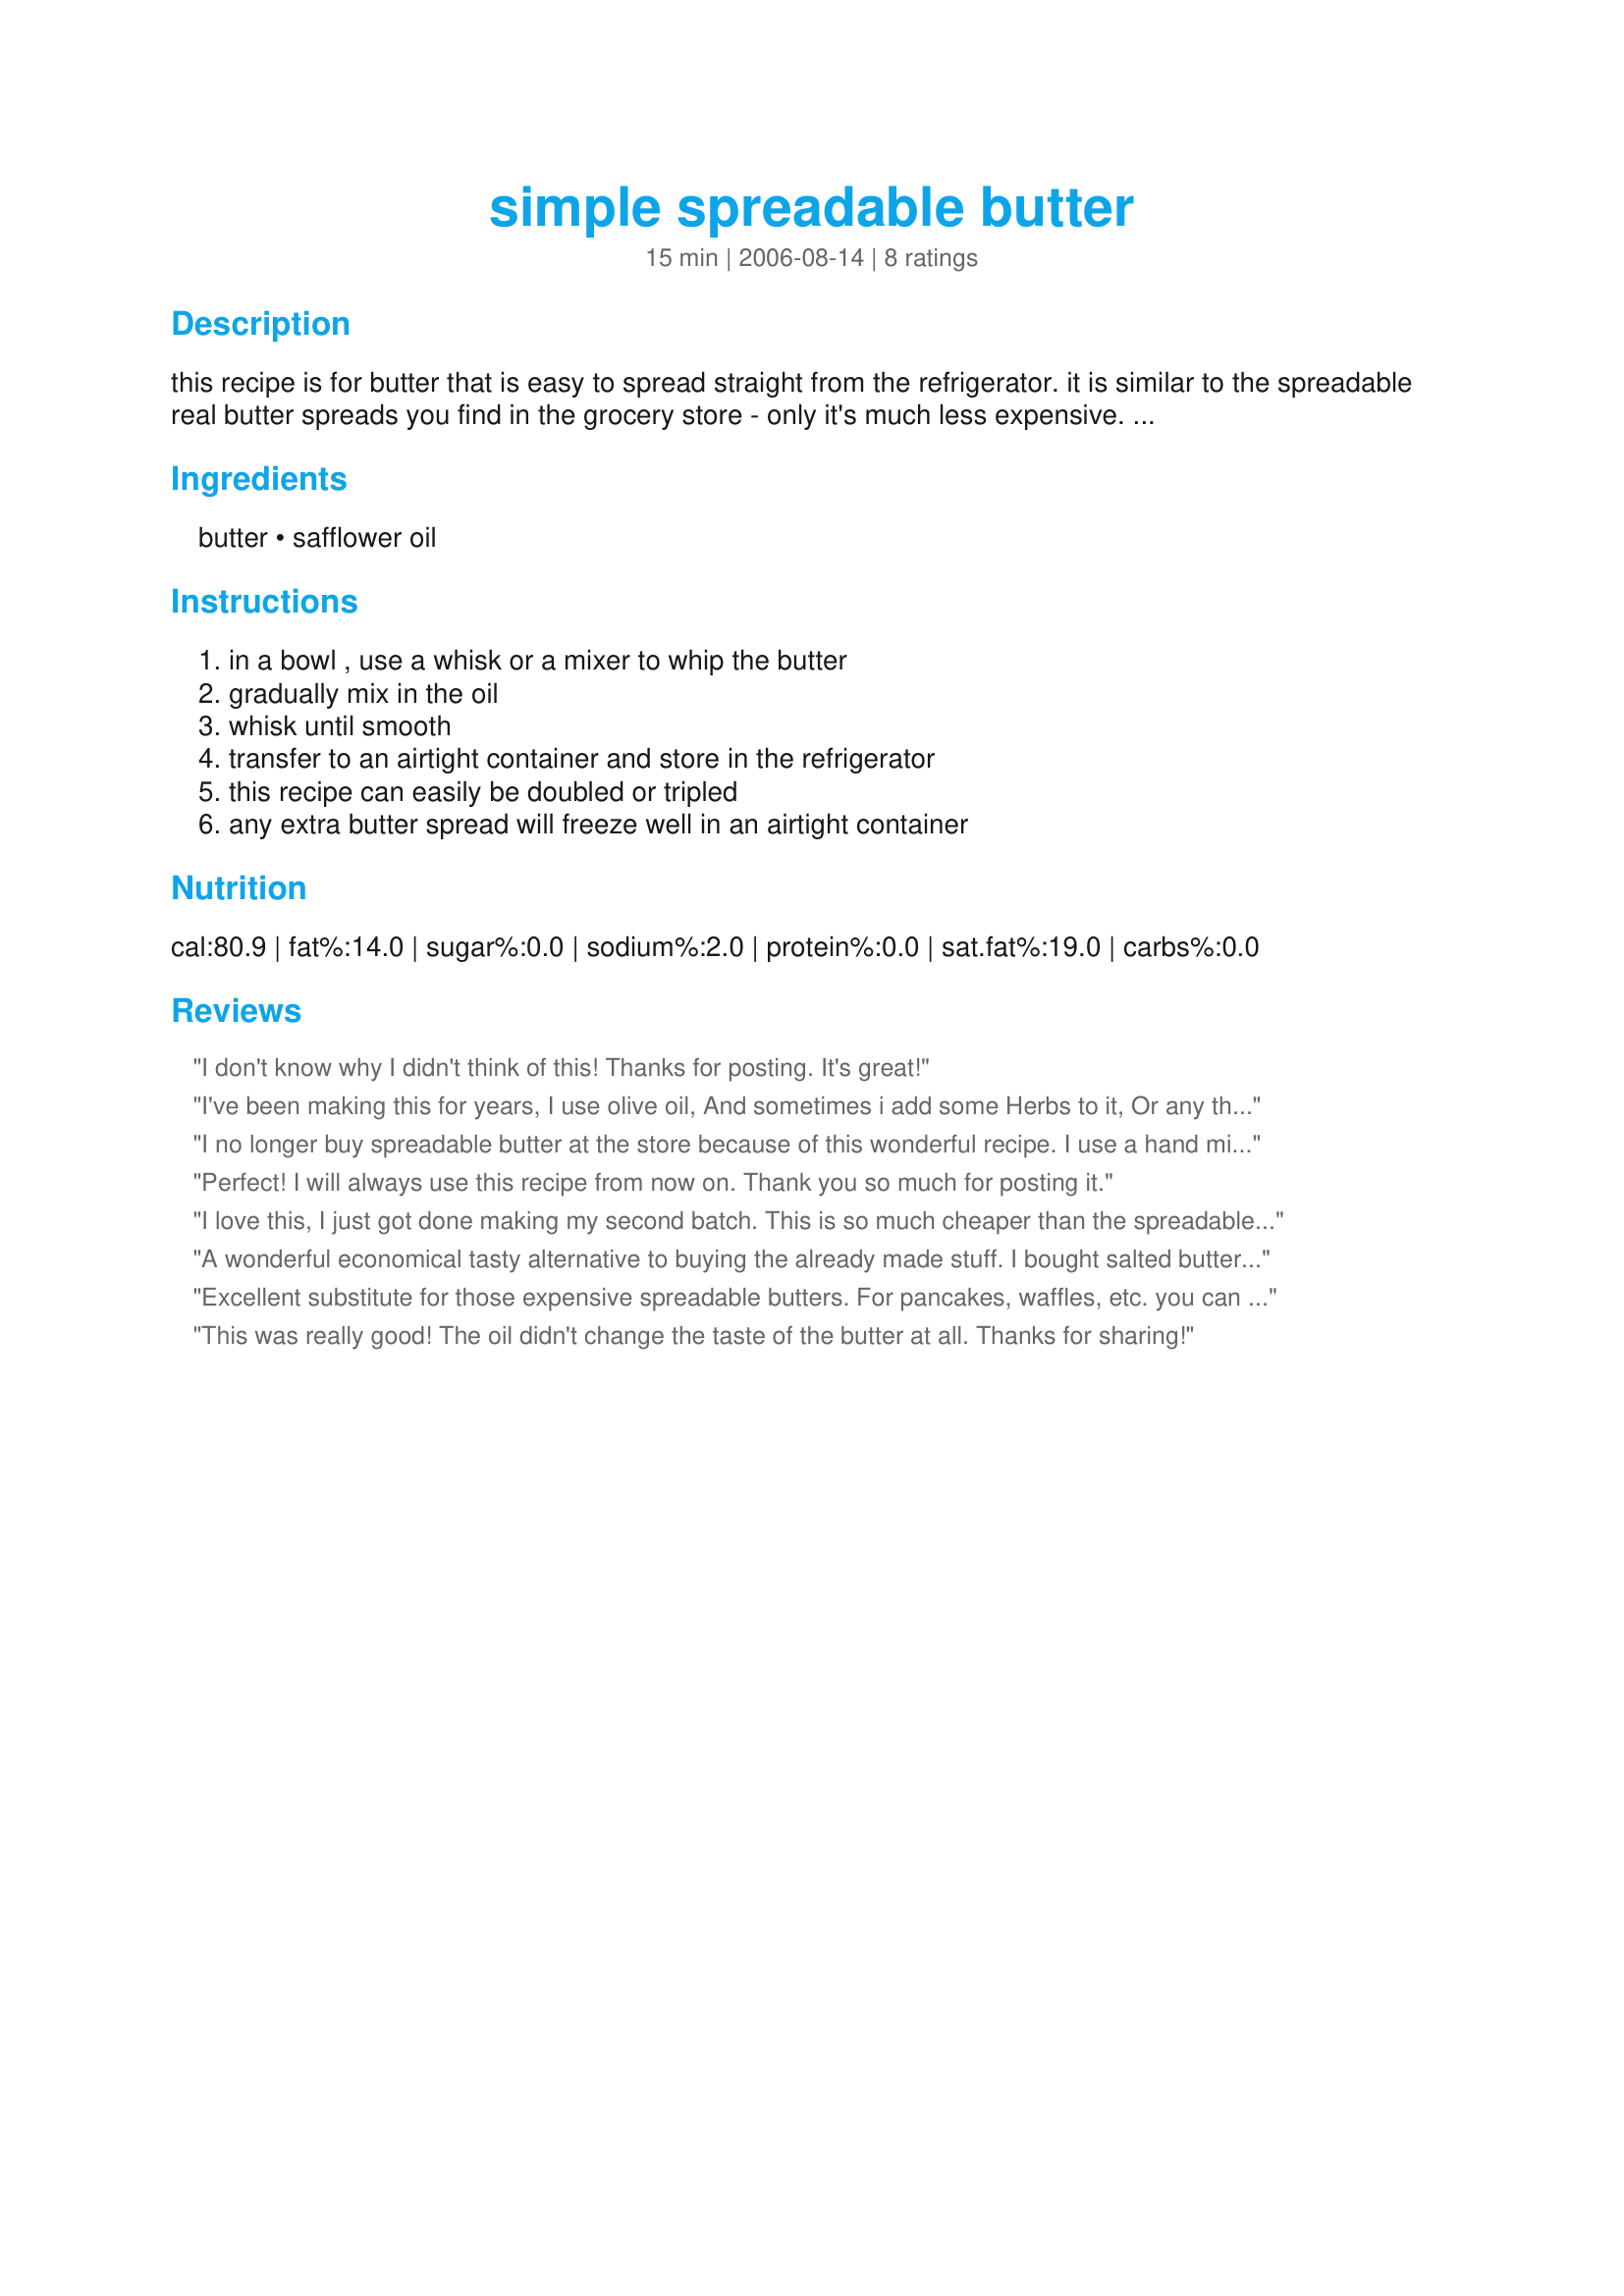
simple spreadable butter
Preparation time: 15 minutes

this recipe is for butter that is easy to spread straight from the refrigerator. it is similar to the spreadable real butter spreads you find in the grocery store - only it's much less expensive. it contains less saturated fat than butter.

what i like best about this recipe is that i can use my favorite unsalted, organic, cultured butter. for the oil, i like to use an expeller pressed safflower oil with added vitamin e. it has a very mild flavor. sometimes, i also like to use an 80% canola 20% olive commercial blend for the oil. 100% olive oil can be used, but the finished product tastes strongly of olive oil.

i like how this butter works in sautes, too. due to the addition of the oil, it doesn't burn as easily as straight butter does.

the butter will become very soft (almost runny) if left out of the fridge. be sure to return it straight to the cooler when you are finished with it.

Ingredients:
butter, safflower oil

Steps:
in a bowl , use a whisk or a mixer to whip the butter, gradually mix in the oil, whisk until smooth, transfer to an airtight container and store in the refrigerator, this recipe can easily be doubled or tripled, any extra butter spread will freeze well in an airtight container

Reviews:
I don't know why I didn't think of this! Thanks for posting. It's great!
I've been making this for years, I use olive oil, And sometimes i add some Herbs to it, Or any thing i want, Thanks for posting it.
I no longer buy spreadable butter at the store because of this wonderful recipe. I use a hand mixer set on low to slowly blend the oil into the butter, which produces a nice, smooth product. My oil of choice is grapeseed, which doesn't compete with the flavor of the butter and adds some health benefits. Thanks so much for posting!
Perfect! I will always use this recipe from now on. Thank you so much for posting it.
I love this, I just got done making my second batch. This is so much cheaper than the spreadable butter that I have been buying in the store. I made the first batch with extra light olive oil and there was no olive flavor. The second batch I made with 80% olive oil and 20% flax seed oil for extra health benefits of omega-3s. Thanks for this great money saving recipe!
A wonderful economical tasty alternative to buying the already made stuff. I bought salted butter on sale and made a few batches and froze some for later use. This is a keeper for me!
Excellent substitute for those expensive spreadable butters. For pancakes, waffles, etc. you can remove quantity desired of the spreadable butter and add cinnamon and/or honey to taste. Canola oil is listed as an ingredient on the spreadable butter I used to buy so I made this again, using the paddle attachment on Kitchen Aid, 1/2 cup butter whipped until smooth then added 1/4 cup canola oil gradually. Refrigerated in glass container with a lid until solidified. Turned out excellent.
This was really good! The oil didn't change the taste of the butter at all. Thanks for sharing!
